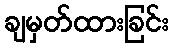
ချမှတ်ထားခြင်း